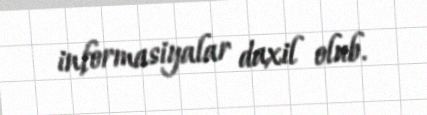
informasiyalar daxil olub.